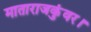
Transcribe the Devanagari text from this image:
माताराजकुंवर।